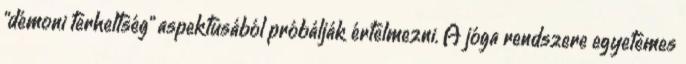
"démoni terheltség" aspektusából próbálják értelmezni. A jóga rendszere egyetemes